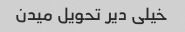
خیلی دیر تحویل میدن